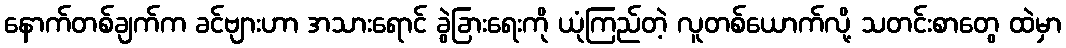
နောက်တစ်ချက်က ခင်ဗျားဟာ အသားရောင် ခွဲခြားရေးကို ယုံကြည်တဲ့ လူတစ်ယောက်လို့ သတင်းစာတွေ ထဲမှာ